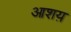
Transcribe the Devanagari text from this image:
आशय़